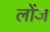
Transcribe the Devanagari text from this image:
लोंज